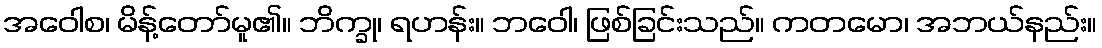
အဝေါစ၊ မိန့်တော်မူ၏။ ဘိက္ခု၊ ရဟန်း။ ဘဝေါ၊ ဖြစ်ခြင်းသည်။ ကတမော၊ အဘယ်နည်း။